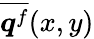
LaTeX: \overline{{\boldsymbol{q}^{f}}}(x,y)